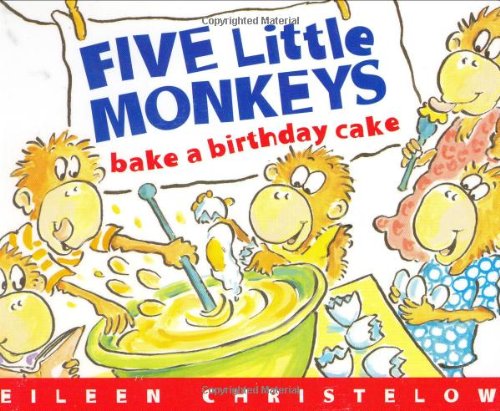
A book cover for Five Little Monkeys Bake a Birthday Cake (A Five Little Monkeys Story); Eileen Christelow; Children's Books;